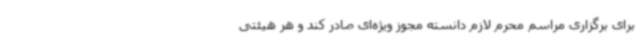
برای برگزاری مراسم محرم لازم دانسته مجوز ویژه‌ای صادر کند و هر هیئتی